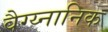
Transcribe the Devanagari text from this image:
वैग्य्नानिक